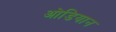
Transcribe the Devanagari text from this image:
ओडियान